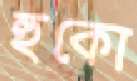
হুকো